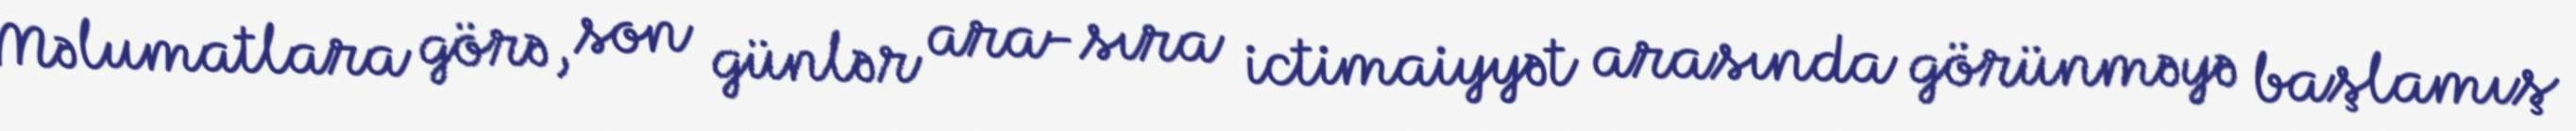
Məlumatlara görə, son günlər ara-sıra ictimaiyyət arasında görünməyə başlamış